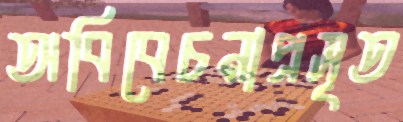
অবিবেচনাপ্রসূত